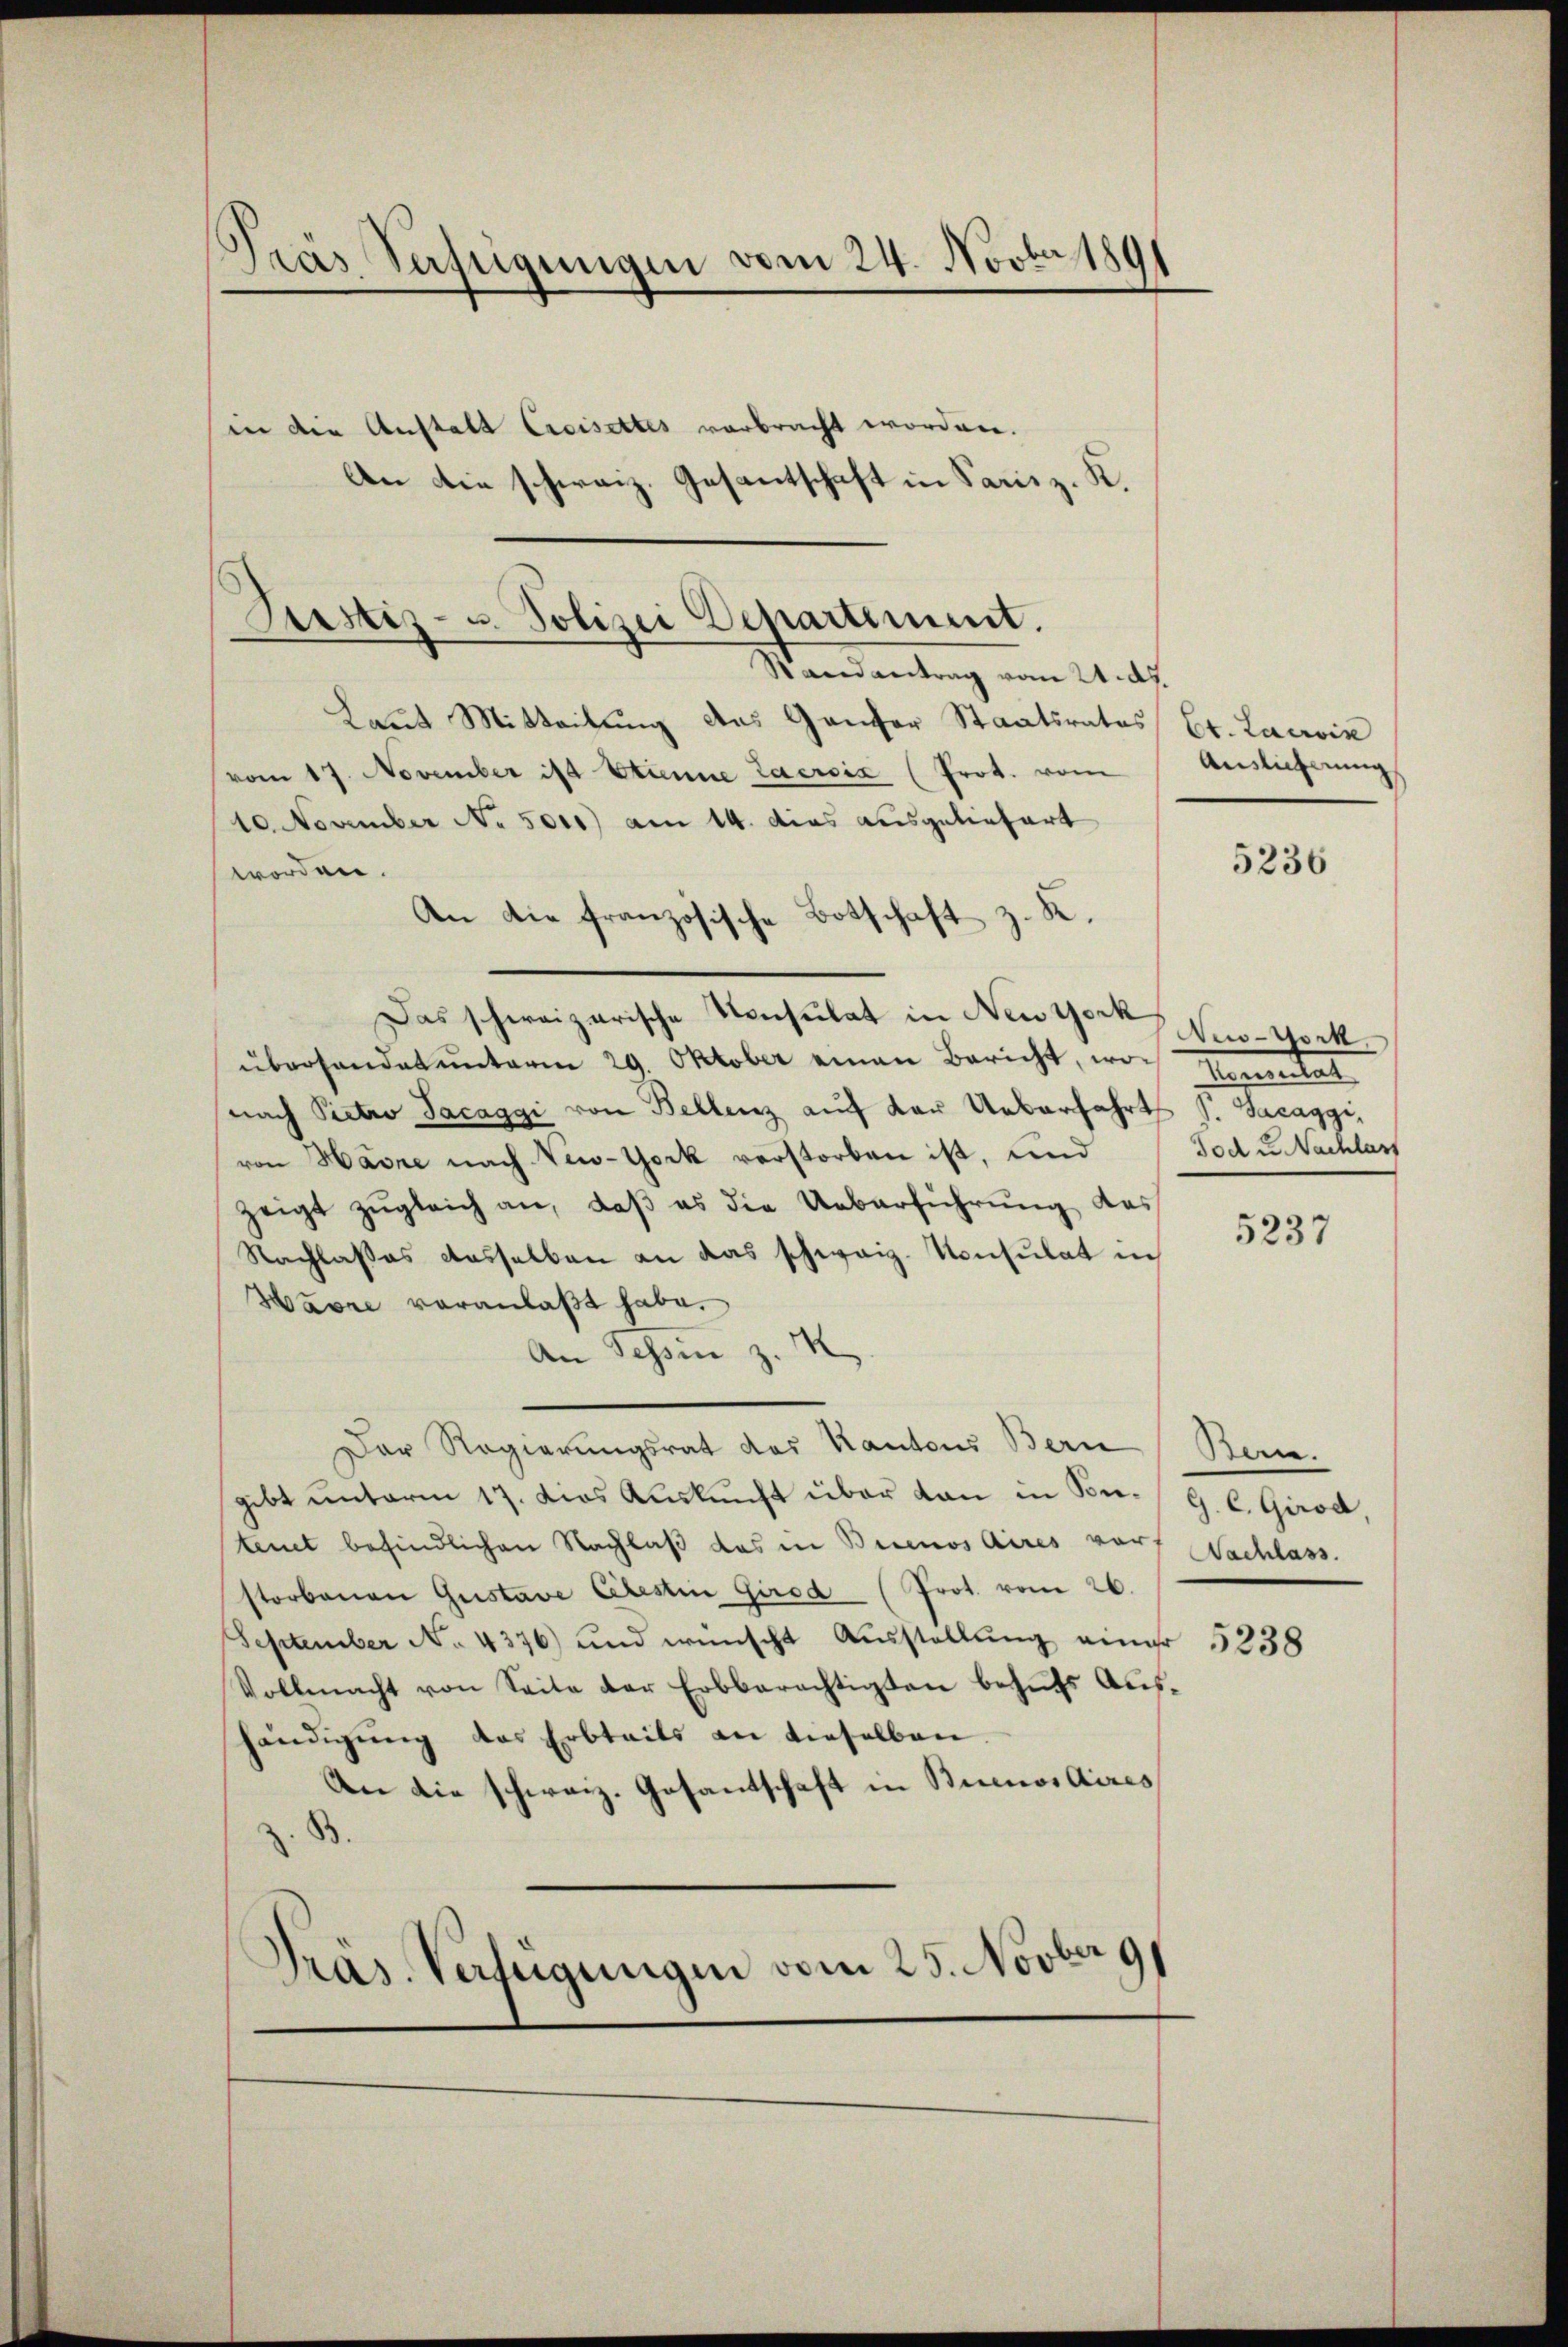
.
Das Verfügungen vom 24. Novbr 189

Justiz- u. Polizei Departiment.

in die Anstalt Creisettes verbracht worden.
An die schweiz. Gesantschaft in Parisz. K.
Randantrag vom 21. d.
Laut Mitteilung des Ganzer Staatsrates Dr. Larvin
vom 17. November ist Etienne Lacroix (Prot. vom
10. November No. 5010) am 14. dies ausgeliefert
worden.
An die französische Botschaft z. K.
Das schweizerische Konsulat in New York
überhandet unterm 29. Oktober einen Bericht, von Herstat
nach Pietro Jacaggi von Bellenz auf der Ueberfahrts S. Sacaggi,
von Havre nach New-York verstorben ist, und
zeigt zŭgleich an, daβ es die Ueberführung des
Nachlasses dasselben an das schweiz. Konsulat in
Havre veranlaßt habe.
An Schon z. H
Der Regierungsrat des Kantons Bern
gibt unterm 17. dies Auskunft über dan in Be- G. C. Girod,
tenet befindlichen Nachlaß das in Buenos Aires vor
storbenen Gustave Celestin Girod (Prot. vom 26.
September No. 4376) und wünscht Aŭsstellŭng einer
Vollmacht von Seite der Erbberechtigten behŭfs Aushändigung des Erbteils an dieselben.
An die schweiz. Gesandtschaft in Buenos Aires
B.
Präs. Verfügungen vom 25. Novber 191

Auslieferung

5236

New-York
Tod u. Nachlart

5237

Bern.
Nachlass.

5238